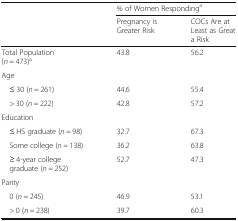
<table><thead><tr><td rowspan="2"></td><td colspan="2"><b>% of Women Responding<sup>a</sup></b></td></tr><tr><td><b>Pregnancy is Greater Risk</b></td><td><b>COCs Are at Least as Great a Risk</b></td></tr></thead><tbody><tr><td>Total Population (<i>n</i> = 473)<sup>a</sup></td><td>43.8</td><td>56.2</td></tr><tr><td colspan="3">Age</td></tr><tr><td> ≤ 30 (<i>n</i> = 261)</td><td>44.6</td><td>55.4</td></tr><tr><td> &gt; 30 (<i>n</i> = 222)</td><td>42.8</td><td>57.2</td></tr><tr><td colspan="3">Education</td></tr><tr><td> ≤ HS graduate (<i>n</i> = 98)</td><td>32.7</td><td>67.3</td></tr><tr><td> Some college (<i>n</i> = 138)</td><td>36.2</td><td>63.8</td></tr><tr><td> ≥ 4-year college graduate (<i>n</i> = 252)</td><td>52.7</td><td>47.3</td></tr><tr><td colspan="3">Parity</td></tr><tr><td> 0 (<i>n</i> = 245)</td><td>46.9</td><td>53.1</td></tr><tr><td> &gt; 0 (<i>n</i> = 238)</td><td>39.7</td><td>60.3</td></tr></tbody></table>